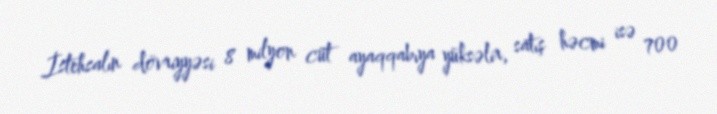
İstehsalın dövriyyəsi 8 milyon cüt ayaqqabıya yüksəlir, satış həcmi isə 700